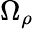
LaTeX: \Omega_{\rho}